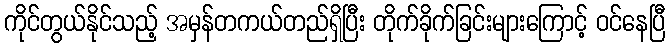
ကိုင်တွယ်နိုင်သည့် အမှန်တကယ်တည်ရှိပြီး တိုက်ခိုက်ခြင်းများကြောင့် ဝင်နေပြီ